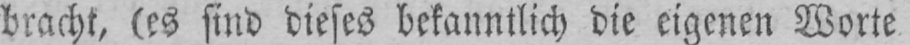
bracht, (es sind dieses bekanntlich die eigenen Worte